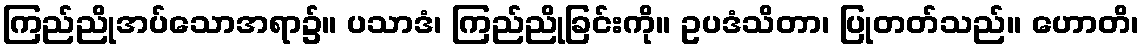
ကြည်ညိုအပ်သောအရာ၌။ ပသာဒံ၊ ကြည်ညိုခြင်းကို။ ဥပဒံသိတာ၊ ပြုတတ်သည်။ ဟောတိ၊